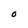
Character: O